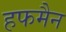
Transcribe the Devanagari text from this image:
हफमैन